Indian Medical Review
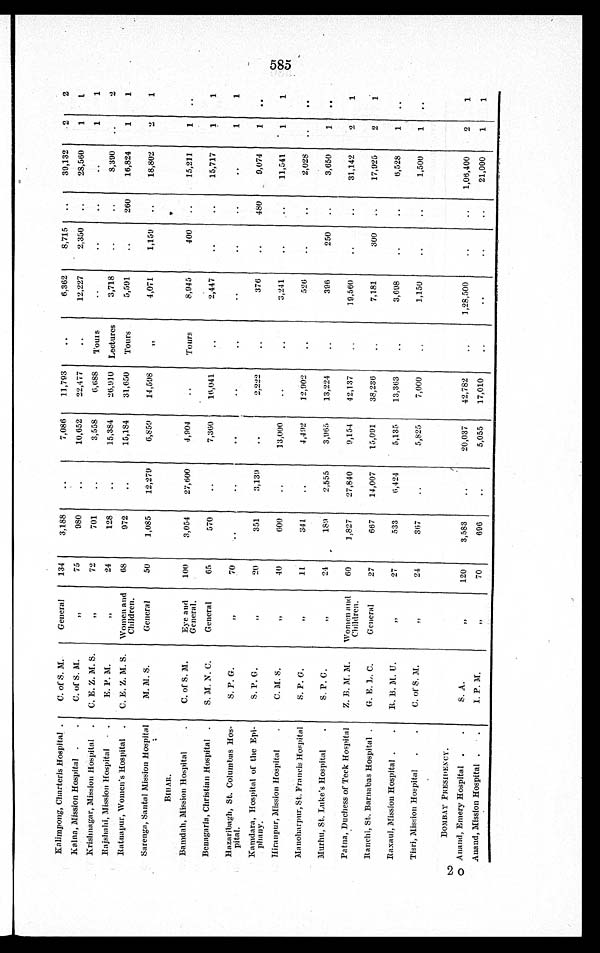
Kalimpong, Charteris Hospital
C. of S. M.
General
134
3,188
7,086
11,793
6,362
8,715
39,132
2
2
Kalna, Mission Hospital
C. of S. M. ,,
75
980
10,652
22,477
12,227
2,350
28,560
1
1
Krishnagar, Mission Hospital
C. E. Z. M. S
,,
72
701
3,558
6,688
Tours
1
1
Rajshahi, Mission Hospital
E . P . M. ,,
24
128
15,384
26,910
Lectures
3,718
8,390
2
Ratnapur, Women's Hospital
C. E. Z. M. S. Women and
Children.
68
972
15,184
31,650 Tours
5,591
260
16,824
1
1
Sarenga, Santal Mission Hospital
M. M. S .
General
50
1,085
12,279
6,859
14,598
, ,
4,071
1,159
18,802
2
1
BIHAR.
Bamdah, Mission Hospital
C. of S. M.
Eye and
General.
100
3,054
27,600
4,904
Tours
8,945
400
15,211
1
Benagaria, Christian Hospital
S. M. N. C.
General
65
570
7,360
16,041
2,447
15,717
1
1
Hazaribagh, St. Columbas Hos-
pital.
S. P. G.
,,
70
1
1
Kamdara, Hospital of the Epi-
phany.
S. P. G.
,,
20
351
3,139
2,222
376
480
9,074
1
Hiranpur, Mission Hospital
C. M. S
,,
40
600
13,000
3,241
11,541
1
1
Manoharpur, St. Francis Hospital
S. P. G
,,
11
341
4,492
12,902
526
2,028
Murhu, St. Luke's Hospital
S. P. G
„
24
189
2,555
3,965
13,224
396
250
3,650
1
Patna, Duchess of Teck Hospital
Z. B. M. M.
Women
and Children.
60
1,827
27,840
9,154
42,137
19,560
31,142
2
1
Ranchi, St. Barnabas Hospital
G. E. L. C.
General
27
667
14,007
15,091
38,236
7,181
300
17,925
2
1
Raxaul, Mission Hospital
R. B. M. U.
„
27
533
6,424
5,135
13,363
3,698
6,528
1
Tisri, Mission Hospital
C. of S. M.
,,
24
367
5,825
7,000
1,150
1,500
1
BOMBAY PRESIDENCY.
Anand, Emery Hospital
S. A.
,,
120
3,583
20,037
42,782
1,28,500
1,06,400
2
1
Anand, Mission Hospital
I. P. M.
70
69
5,055
17,010
21,000
1
1
585
20